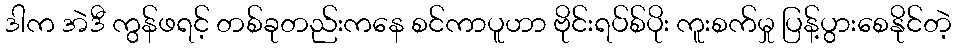
ဒါက အဲဒီ ကွန်ဖရင့် တစ်ခုတည်းကနေ စင်ကာပူဟာ ဗိုင်းရပ်စ်ပိုး ကူးစက်မှု ပြန့်ပွားစေနိုင်တဲ့